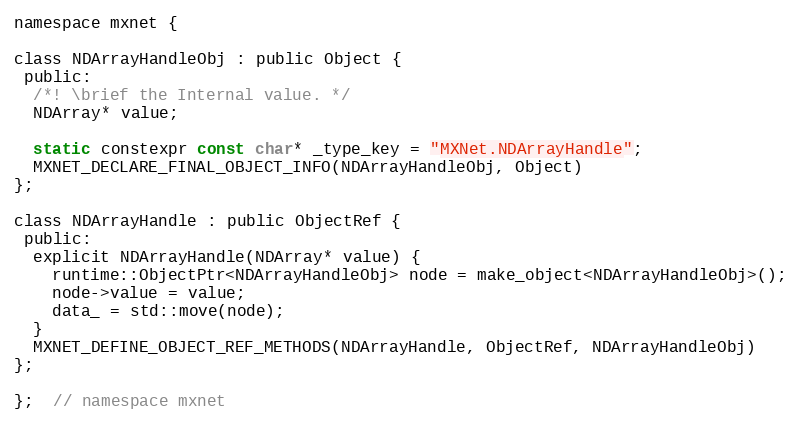
Language: C
namespace mxnet {

class NDArrayHandleObj : public Object {
 public:
  /*! \brief the Internal value. */
  NDArray* value;

  static constexpr const char* _type_key = "MXNet.NDArrayHandle";
  MXNET_DECLARE_FINAL_OBJECT_INFO(NDArrayHandleObj, Object)
};

class NDArrayHandle : public ObjectRef {
 public:
  explicit NDArrayHandle(NDArray* value) {
    runtime::ObjectPtr<NDArrayHandleObj> node = make_object<NDArrayHandleObj>();
    node->value = value;
    data_ = std::move(node);
  }
  MXNET_DEFINE_OBJECT_REF_METHODS(NDArrayHandle, ObjectRef, NDArrayHandleObj)
};

};  // namespace mxnet